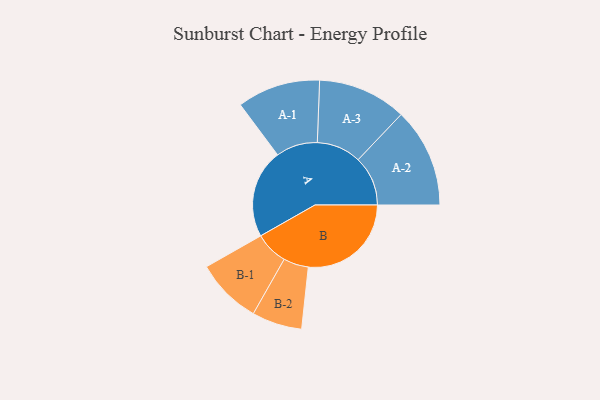
{"axis": {"x": "Segment", "y": "Value"}, "legend": ["", "A", "B"], "data": [{"x": "A", "y": 382, "type": ""}, {"x": "B", "y": 443, "type": ""}, {"x": "A-1", "y": 179, "type": "A"}, {"x": "A-2", "y": 214, "type": "A"}, {"x": "A-3", "y": 191, "type": "A"}, {"x": "B-1", "y": 142, "type": "B"}, {"x": "B-2", "y": 108, "type": "B"}]}